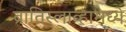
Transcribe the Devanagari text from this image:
ब्रातिस्लाव्हामध्ये